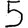
Digit: 5